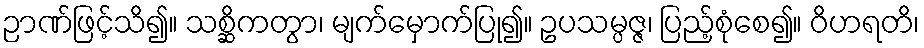
ဉာဏ်ဖြင့်သိ၍။ သစ္ဆိကတွာ၊ မျက်မှောက်ပြု၍။ ဥပသမ္ပဇ္ဇ၊ ပြည့်စုံစေ၍။ ဝိဟရတိ၊